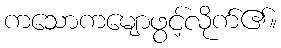
ကသောကမျောဖွင့်လိုက်၏။